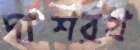
দাশরথ